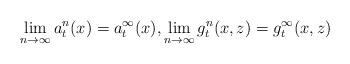
LaTeX: \begin{align*}\lim_{n\to\infty}a^n_t(x)=a^\infty_t(x), \lim_{n\to\infty}g^n_t(x,z)=g^\infty_t(x,z)\end{align*}